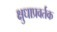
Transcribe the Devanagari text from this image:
क्षुधाप्रवर्तक